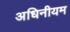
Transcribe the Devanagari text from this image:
अधिनीयम